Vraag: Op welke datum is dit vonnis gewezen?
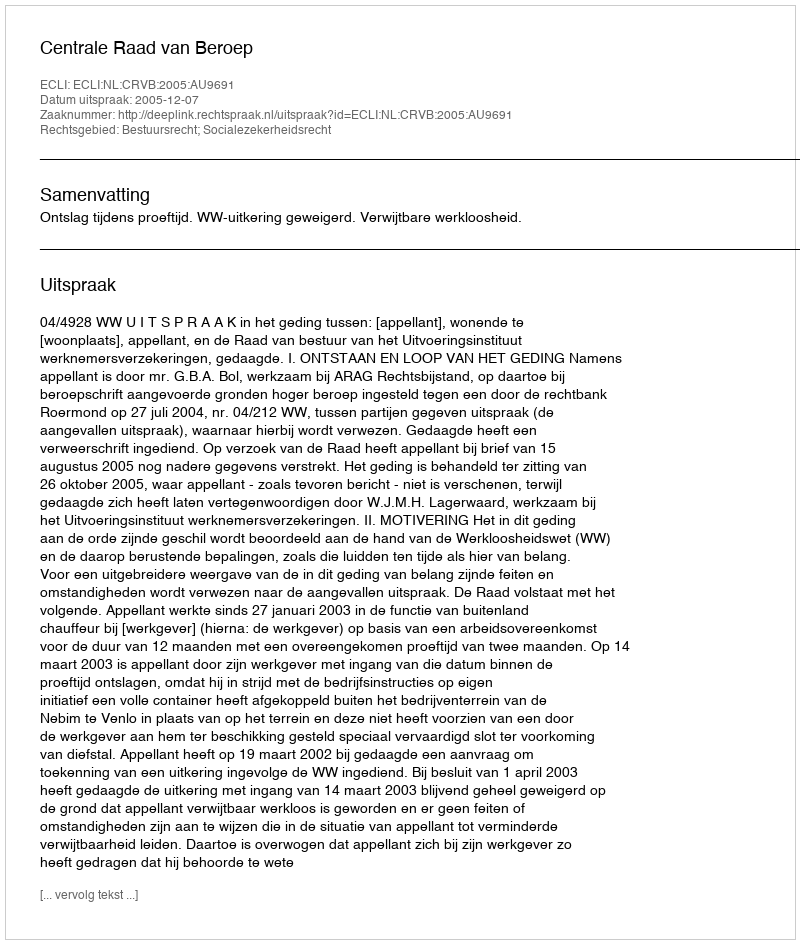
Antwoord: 2005-12-07